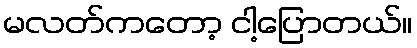
မလတ်ကတော့ ငါ့ပြောတယ်။